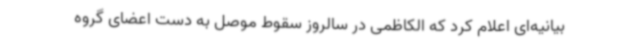
بیانیه‌ای اعلام کرد که الکاظمی در سالروز سقوط موصل به دست اعضای گروه